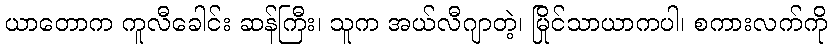
ယာတောက ကူလီခေါင်း ဆန်ကြီး၊ သူက အယ်လီဂျာတဲ့၊ မြိုင်သာယာကပါ၊ စကားလက်ကို